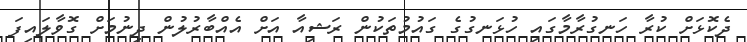
ދެކޮޅަށް ކުރާ ހަނގުރާމާގައި ހުޅަނގުގެ ގައުމުތަކުން ރަޝިއާ އަށް އެއްބާރުލުން ދިނުމަށް ގޮވާލައިފަ